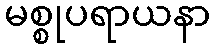
မစ္စုပရာယနာ